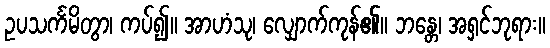
ဥပသင်္ကမိတွာ၊ ကပ်၍။ အာဟံသု၊ လျှောက်ကုန်၏။ ဘန္တေ၊ အရှင်ဘုရား။